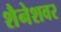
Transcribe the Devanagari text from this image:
शैनेशवर